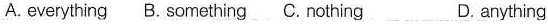
A. everything B. Something C. Nothing D. anything